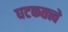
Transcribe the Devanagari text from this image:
घटकतत्त्वे